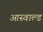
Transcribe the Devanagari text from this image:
आस्वाल्ड